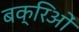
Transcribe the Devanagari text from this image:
बक्रिओं